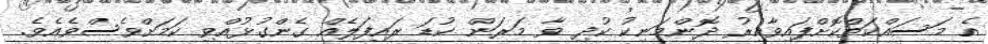
އެ މަސައްކަތްކޮށްފައިވާއިރު ދޮންމަނިކު ކުދި ވާ މަރަން ކުޑަ ރައިފަލެއް ގެންގުޅުއްވި ކަމަށްވެސްވެއެވެ.